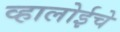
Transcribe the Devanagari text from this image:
व्हालोईचे